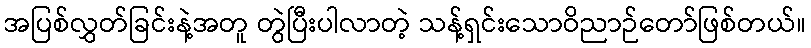
အပြစ်လွှတ်ခြင်းနဲ့အတူ တွဲပြီးပါလာတဲ့ သန့်ရှင်းသောဝိညာဉ်တော်ဖြစ်တယ်။